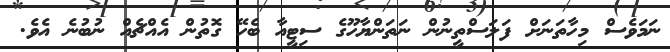
ނަމަވެސް މިހާތަނަށް ފަލަސްތީނުން ނަތަންޔާހޫގެ ސިޓީއާ ބެހޭ ގޮތުން އެއްޗެއް ނުބުނެ އެވެ.